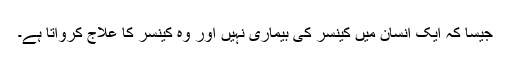
جیسا کہ ایک انسان میں کینسر کی بیماری نہیں اور وہ کینسر کا علاج کرواتا ہے۔